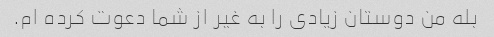
بله من دوستان زیادی را به غیر از شما دعوت کرده ام.